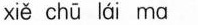
xi\check{e} ch\bar{u} l\acute{a}i ma